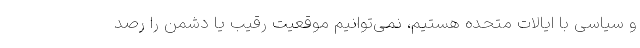
و سیاسی با ایالات متحده هستیم، نمی‌توانیم موقعیت رقیب یا دشمن را رصد